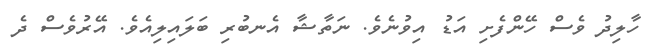
ހާލިދު ވެސް ހޭންފެށި އަޑު އިވުނެވެ. ނަތާޝާ އެނބުރި ބަލައިލިއެވެ. އޭރުވެސް ދެ